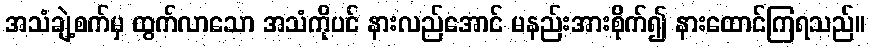
အသံချဲ့စက်မှ ထွက်လာသော အသံကိုပင် နားလည်အောင် မနည်းအားစိုက်၍ နားထောင်ကြရသည်။